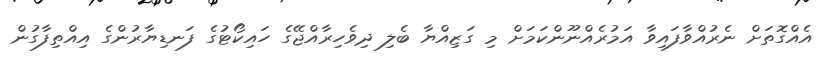
އެއްގޮތަށް ނެރުއްވާފައިވާ އަމުރެއްނޫންކަމަށް މި ގަޒިއްޔާ ބެލި ދިވެހިރާއްޖޭގެ ހައިކޯޓުގެ ފަނޑިޔާރުންގެ އިއްތިފާގުން